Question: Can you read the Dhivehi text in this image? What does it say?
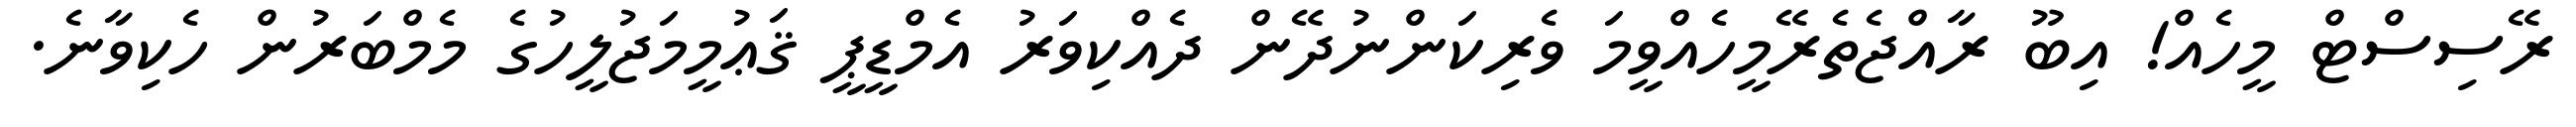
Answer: ރޭސިސްޓް މީހެއް! އިބޫ ރާއްޖެތެރޭމީހެއްވީމަ ވެރިކަންނުދޭން ދެއްކިވަރު އެމްޑީޕީ ޤަޢުމީމަޖުލީހުގެ މެމްބަރުން ހެކިވާނެ.